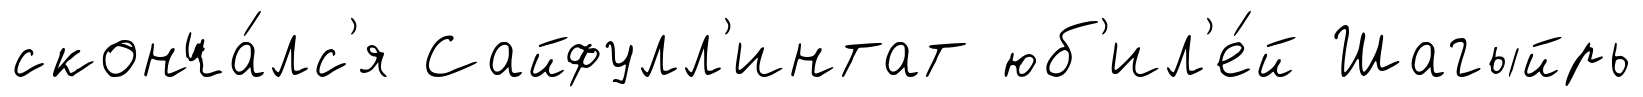
сконча́лс'я Сайфулл'интат юб'ил'е́й Шагыйрь